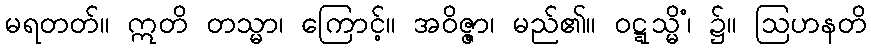
မရတတ်။ ဣတိ တသ္မာ၊ ကြောင့်။ အဝိဇ္ဇာ၊ မည်၏။ ဝဋ္ဋသ္မိံ၊ ၌။ ဩဟနတိ